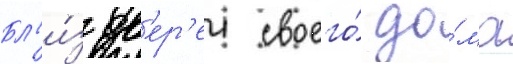
Бл'и́з дв'ер'еи своего́ до́ма